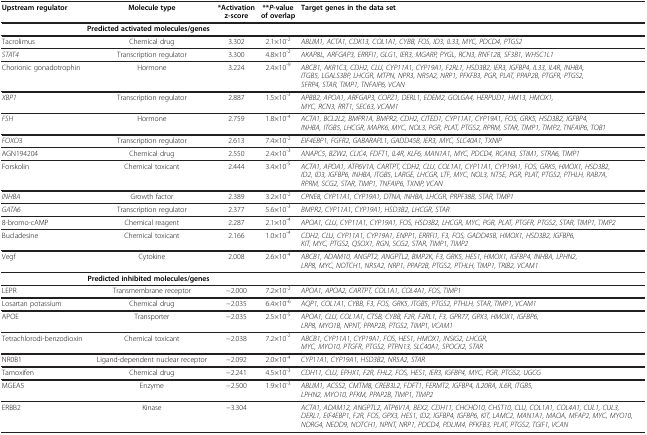
<table><thead><tr><td><b>Upstream regulator</b></td><td><b>Molecule type</b></td><td><b>*Activation z-score</b></td><td><b>** <i>P- </i>value of overlap</b></td><td><b>Target genes in the data set</b></td></tr></thead><tbody><tr><td colspan="4"><b>Predicted activated molecules/genes</b></td><td> </td></tr><tr><td>Tacrolimus</td><td>Chemical drug</td><td>3.302</td><td>2.1×10<sup>-2</sup></td><td><i>ABLIM1, ACTA1, CDK13, COL1A1, CYBB, FOS, ID3, IL33, MYC, PDCD4, PTGS2</i></td></tr><tr><td><i>STAT4</i></td><td>Transcription regulator</td><td>3.300</td><td>4.8×10<sup>-2</sup></td><td><i>AKAP8L, ARFGAP3, ERRFI1, GLG1, IER3, MGARP, PYGL, RCN3, RNF128, SF3B1, WHSC1L1</i></td></tr><tr><td>Chorionic gonadotrophin</td><td>Hormone</td><td>3.224</td><td>2.4×10<sup>-9</sup></td><td><i>ABCB1, AKR1C3, CDH2, CLU, CYP11A1, CYP19A1, F2RL1, HSD3B2, IER3, IGFBP4, IL33, IL4R, INHBA, ITGB5, LGALS3BP, LHCGR, MTPN, NPR3, NR5A2, NRP1, PFKFB3, PGR, PLAT, PPAP2B, PTGFR, PTGS2, SFRP4, STAR, TIMP1, TNFAIP6, VCAN</i></td></tr><tr><td><i>XBP1</i></td><td>Transcription regulator</td><td>2.887</td><td>1.5×10<sup>-3</sup></td><td><i>APBB2, APOA1, ARFGAP3, COPZ1, DERL1, EDEM2, GOLGA4, HERPUD1, HM13, HMOX1, MYC, RCN3, RRT1, SEC63, VCAM1</i></td></tr><tr><td><i>FSH</i></td><td>Hormone</td><td>2.759</td><td>1.8×10<sup>-4</sup></td><td><i>ACTA1, BCL2L2, BMPR1A, BMPR2, CDH2, CITED1, CYP11A1, CYP19A1, FOS, GRK5, HSD3B2, IGFBP4, INHBA, ITGB5, LHCGR, MAPK6, MYC, NOL3, PGR, PLAT, PTGS2, RPRM, STAR, TIMP1, TIMP2, TNFAIP6, TOB1</i></td></tr><tr><td><i>FOXO</i>3</td><td>Transcription regulator</td><td>2.613</td><td>7.4×10<sup>-2</sup></td><td><i>EIF4EBP1, FGFR2, GABARAPL1, GADD45B, IER3, MYC, SLC40A1, TXNIP</i></td></tr><tr><td>AGN194204</td><td>Chemical drug</td><td>2.550</td><td>2.4×10<sup>-3</sup></td><td><i>ANAPC5, BZW2, CLIC4, FDFT1, IL4R, KLF6, MAN1A1, MYC, PDCD4, RCAN3, STIM1, STRA6, TIMP1</i></td></tr><tr><td>Forskolin</td><td>Chemical toxicant</td><td>2.444</td><td>3.4×10<sup>-5</sup></td><td><i>ACTA1, APOA1, ATP6V1A, CARTPT, CDH2, CLU, COL1A1, CYP11A1, CYP19A1, FOS, GRK5, HMOX1, HSD3B2, ID2, ID3, IGFBP6, INHBA, ITGB5, LARGE, LHCGR, LTF, MYC, NOL3, NT5E, PGR, PLAT, PTGS2, PTHLH, RAB7A, RPRM, SCG2, STAR, TIMP1, TNFAIP6, TXNIP, VCAN</i></td></tr><tr><td><i>INHBA</i></td><td>Growth factor</td><td>2.389</td><td>3.2×10<sup>-2</sup></td><td><i>CPNE8, CYP11A1, CYP19A1, DTNA, INHBA, LHCGR, PRPF38B, STAR, TIMP1</i></td></tr><tr><td><i>GATA6</i></td><td>Transcription regulator</td><td>2.377</td><td>5.6×10<sup>-3</sup></td><td><i>BMPR2, CYP11A1, CYP19A1, HSD3B2, LHCGR, STAR</i></td></tr><tr><td>8-bromo-cAMP</td><td>Chemical reagent</td><td>2.287</td><td>2.1×10<sup>-4</sup></td><td><i>APOA1, CLU, CYP11A1, CYP19A1, FOS, HSD3B2, LHCGR, MYC, PGR, PLAT, PTGFR, PTGS2, STAR, TIMP1, TIMP2</i></td></tr><tr><td>Bucladesine</td><td>Chemical toxicant</td><td>2.166</td><td>1.0×10<sup>-4</sup></td><td><i>CDH2, CLU, CYP11A1, CYP19A1, ENPP1, ERRFI1, F3, FOS, GADD45B, HMOX1, HSD3B2, IGFBP6, KIT, MYC, PTGS2, QSOX1, RGN, SCG2, STAR, TIMP1, TIMP2</i></td></tr><tr><td>Vegf</td><td>Cytokine</td><td>2.008</td><td>2.6×10<sup>-4</sup></td><td><i>ABCB1, ADAM10, ANGPT2, ANGPTL2, BMP2K, F3, GRK5, HES1, HMOX1, IGFBP4, INHBA, LPHN2, LRP8, MYC, NOTCH1, NR5A2, NRP1, PPAP2B, PTGS2, PTHLH, TIMP1, TRIB2, VCAM1</i></td></tr><tr><td colspan="4"><b>Predicted inhibited molecules/genes</b></td><td> </td></tr><tr><td>LEPR</td><td>Transmembrane receptor</td><td>−2.000</td><td>7.2×10<sup>-2</sup></td><td><i>APOA1, APOA2, CARTPT, COL1A1, COL4A1, FOS, TIMP1</i></td></tr><tr><td>Losartan potassium</td><td>Chemical drug</td><td>−2.035</td><td>6.4×10<sup>-6</sup></td><td><i>AQP1, COL1A1, CYBB, F3, FOS, GRK5, ITGB5, PTGS2, PTHLH, STAR, TIMP1, VCAM1</i></td></tr><tr><td>APOE</td><td>Transporter</td><td>−2.035</td><td>2.5×10<sup>-5</sup></td><td><i>APOA1, CLU, COL1A1, CTSB, CYBB, F2R, F2RL1, F3, GPR77, GPX3, HMOX1, IGFBP6, LRP8, MYO1B, NPNT, PPAP2B, PTGS2, TIMP1, VCAM1</i></td></tr><tr><td>Tetrachlorodi-benzodioxin</td><td>Chemical toxicant</td><td>−2.038</td><td>7.2×10<sup>-2</sup></td><td><i>ABCB1, CYP11A1, CYP19A1, FOS, HES1, HMOX1, INSIG2, LHCGR, MYC, MYO10, PTGFR, PTGS2, PTPN13, SLC40A1, SPOCK2, STAR</i></td></tr><tr><td>NR0B1</td><td>Ligand-dependent nuclear receptor</td><td>−2.092</td><td>2.0×10<sup>-4</sup></td><td><i>CYP11A1, CYP19A1, HSD3B2, NR5A2, STAR</i></td></tr><tr><td>Tamoxifen</td><td>Chemical drug</td><td>−2.241</td><td>4.5×10<sup>-3</sup></td><td><i>CDH11, CLU, EPHX1, F2R, FHL2, FOS, HES1, IER3, IGFBP4, MYC, PGR, PTGS2, UGCG</i></td></tr><tr><td>MGEA5</td><td>Enzyme</td><td>−2.500</td><td>1.9×10<sup>-3</sup></td><td><i>ABLIM1, ACSS2, CMTM8, CREB3L2, FDFT1, FERMT2, IGFBP4, IL20RA, IL6R, ITGB5, LPHN2, MYO10, PFKM, PPAP2B, TIMP1, TIMP2</i></td></tr><tr><td>ERBB2</td><td>Kinase</td><td>−3.304</td><td> </td><td><i>ACTA1, ADAM12, ANGPTL2, ATP6V1A, BEX2, CDH11, CHCHD10, CHST10, CLU, COL1A1, COL4A1, CUL1, CUL3, DERL1, EIF4EBP1, F2R, FOS, GPX3, HES1, ID2, IGFBP4, IGFBP6, KIT, LAMC2, MAN1A1, MAOA, MFAP2, MYC, MYO10, NDRG4, NEDD9, NOTCH1, NPNT, NRP1, PDCD4, PDLIM4, PFKFB3, PLAT, PTGS2, TGIF1, VCAN</i></td></tr></tbody></table>